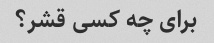
برای چه کسی قشر؟